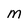
Character: m